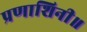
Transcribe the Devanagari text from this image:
प्रणाशिनी॥